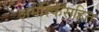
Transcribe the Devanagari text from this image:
अमेरिकेसहित